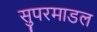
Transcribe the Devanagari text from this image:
सुपरमाडल